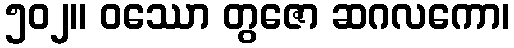
၅၀၂။ ဝဿော တွဇော ဆဂလကော၊